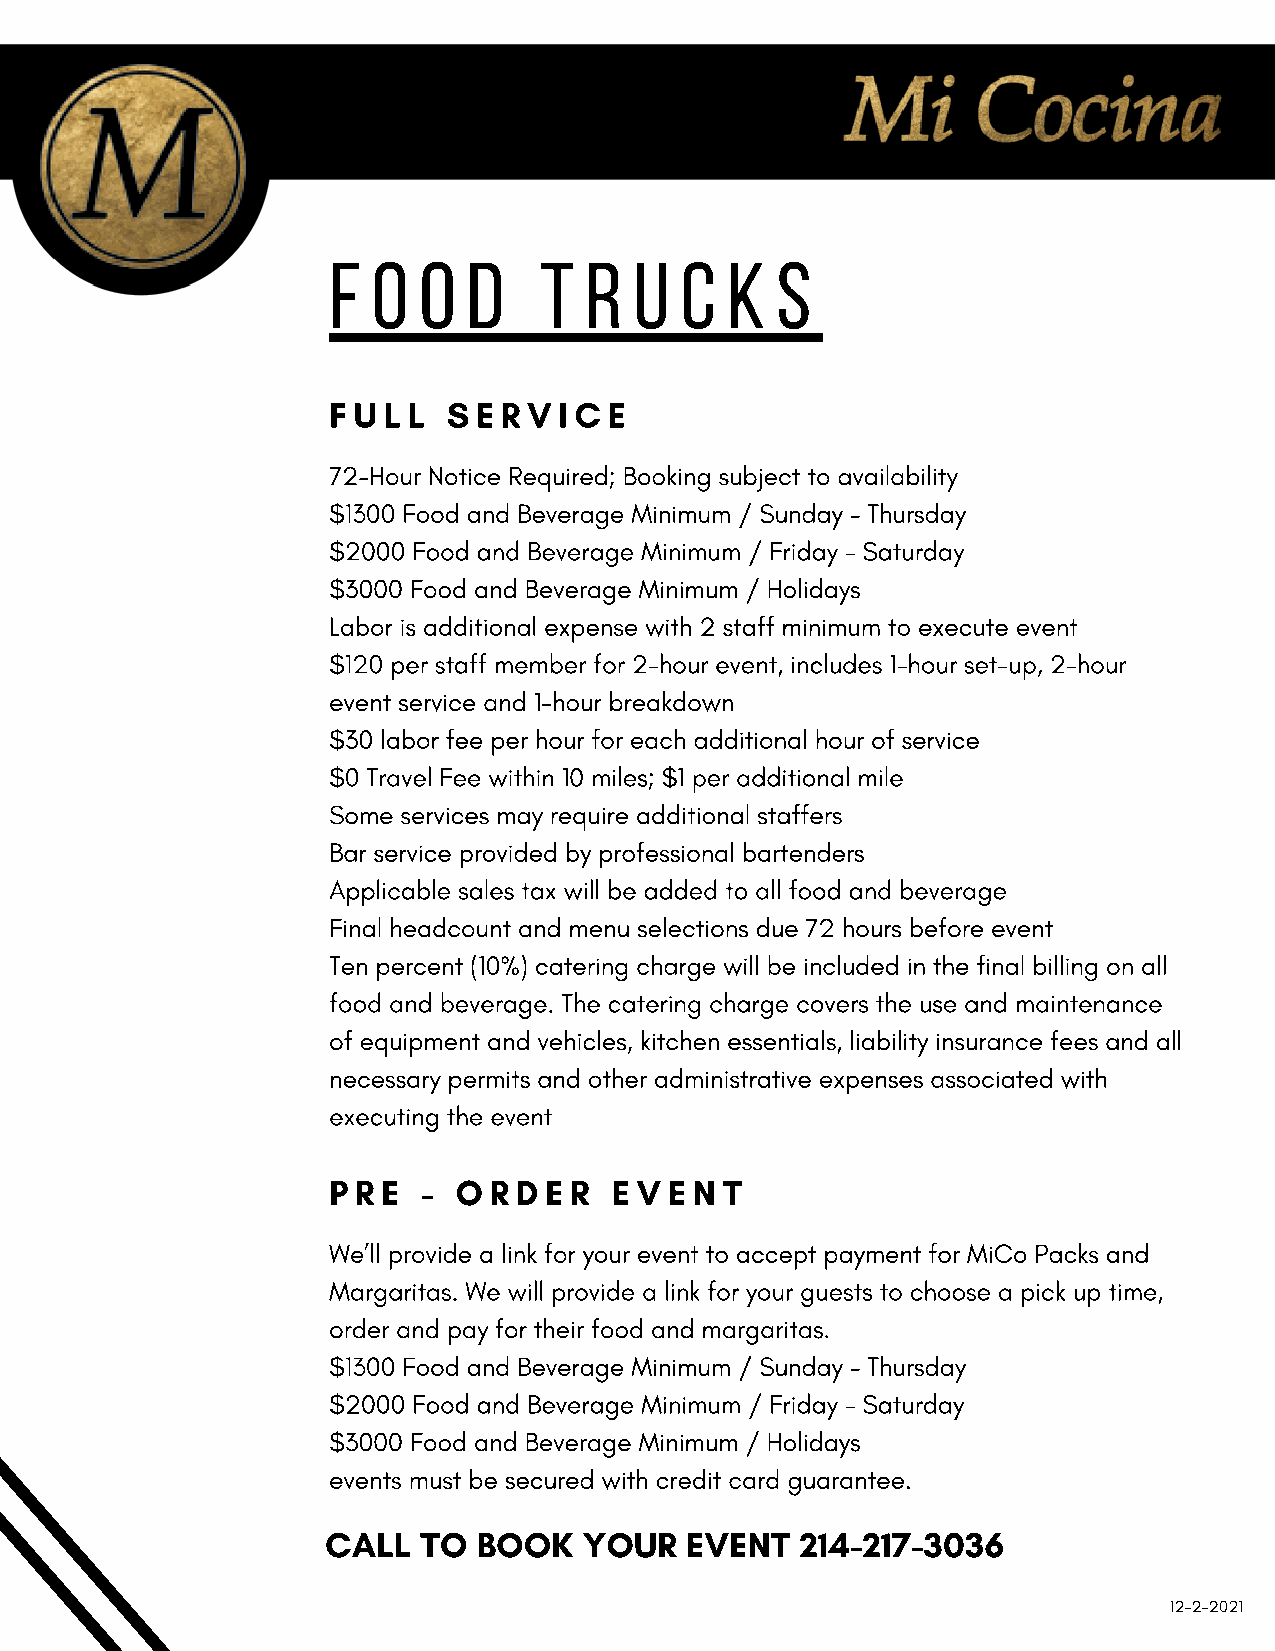
F  O  O  D    T  R  U  C  K  S
 F U L L S E R V I C E
 72-Hour Notice Required; Booking subject to availability
 $1300 Food and Beverage Minimum / Sunday - Thursday
 $2000 Food and Beverage Minimum / Friday - Saturday
 $3000 Food and Beverage Minimum / Holidays
 Labor is additional expense with 2 staff minimum to execute event
 $120 per staff member for 2-hour event, includes 1-hour set-up, 2-hour
 event service and 1-hour breakdown
 $30 labor fee per hour for each additional hour of service
 $0 Travel Fee within 10 miles; $1 per additional mile
 Some services may require additional staffers
 Bar service provided by professional bartenders
 Applicable sales tax will be added to all food and beverage
 Final headcount and menu selections due 72 hours before event
 Ten percent (10%) catering charge will be included in the final billing on all
 food and beverage. The catering charge covers the use and maintenance
 of equipment and vehicles, kitchen essentials, liability insurance fees and all
 necessary permits and other administrative expenses associated with
 executing the event
 P R E - O R D E R E V E N T
 We’ll provide a link for your event to accept payment for MiCo Packs and
 Margaritas. We will provide a link for your guests to choose a pick up time,
 order and pay for their food and margaritas.
 $1300 Food and Beverage Minimum / Sunday - Thursday
 $2000 Food and Beverage Minimum / Friday - Saturday
 $3000 Food and Beverage Minimum / Holidays
 events must be secured with credit card guarantee.
 CALL  TO  BOOK   YOUR  EVENT   214-217-3036
 12-2-2021